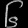
Digit: ၆